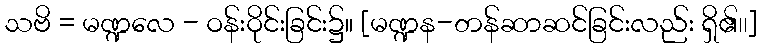
သဗိ = မဏ္ဍလေ - ဝန်းဝိုင်းခြင်း၌။ [မဏ္ဍန-တန်ဆာဆင်ခြင်းလည်း ရှိ၏၊၊]